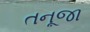
તનૂજા